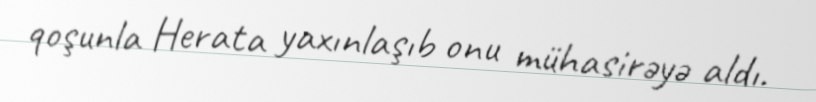
qoşunla Herata yaxınlaşıb onu mühasirəyə aldı.